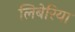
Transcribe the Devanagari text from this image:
लिबेरिया